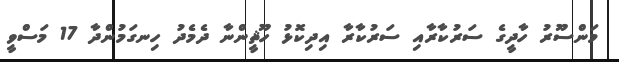
މަންސޫރު ހާދީގެ ސަރުކާރާއި ސަރުކާރާ އިދިކޮޅު ހޫޘީންނާ ދެމެދު ހިނގަމުންދާ 17 މަސްވީ